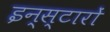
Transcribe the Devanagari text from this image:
इन्स्टारों